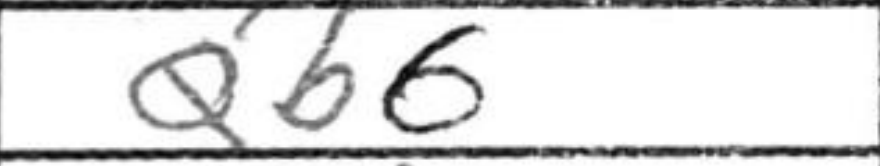
Transcription: Qb6